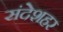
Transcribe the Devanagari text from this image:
संदेशहर